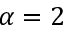
\alpha = 2